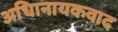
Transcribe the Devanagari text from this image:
अधिानायकवाद